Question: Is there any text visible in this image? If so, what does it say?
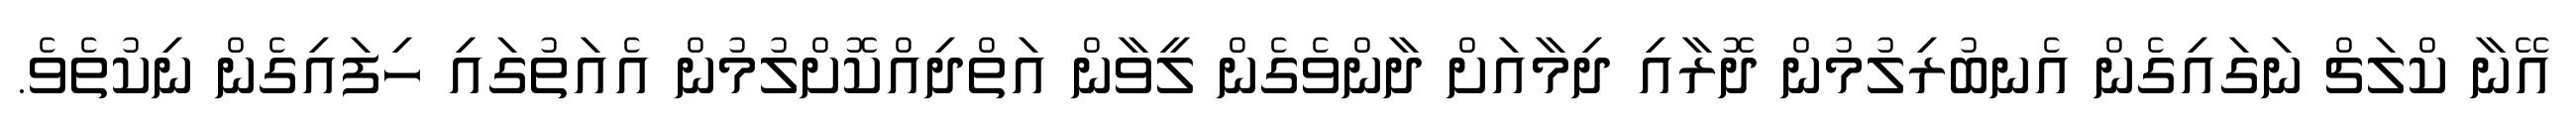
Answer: އޭނާ ކްލަޗް ނަގައިގެން އެނބުރިލުމުން ދޮރާއި ދިމާއަށް ދާންވެގެން ލީވާން އަތްދިއްކޮށްލުމުން އެއަތުގައި ހިފައިގެން ނިކުތެވެ.